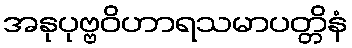
အနုပုဗ္ဗဝိဟာရသမာပတ္တိနံ